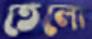
তেলো